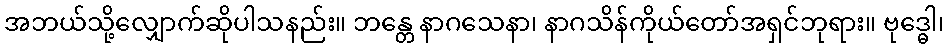
အဘယ်သို့လျှောက်ဆိုပါသနည်း။ ဘန္တေ နာဂသေနာ၊ နာဂသိန်ကိုယ်တော်အရှင်ဘုရား။ ဗုဒ္ဓေါ၊